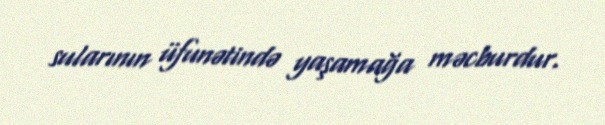
sularının üfunətində yaşamağa məcburdur.